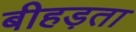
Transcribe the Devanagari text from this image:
बीहड़ता